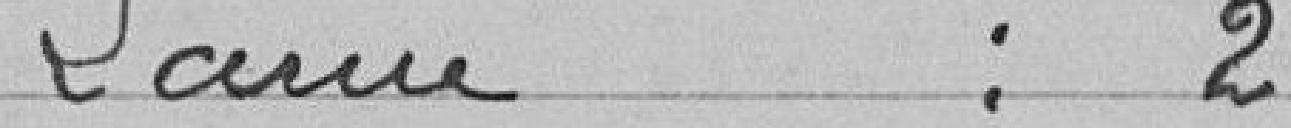
LANNE : 2 voix